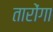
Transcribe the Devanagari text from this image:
तारोंगा